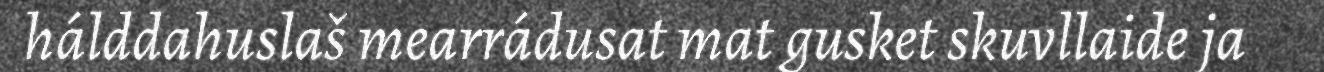
hálddahuslaš mearrádusat mat gusket skuvllaide ja